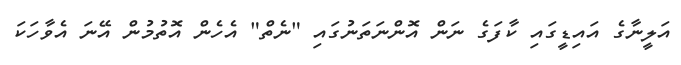
އަލީނާގެ އައިޑީގައި ކާފަގެ ނަން އޮންނަތަނުގައި "ނެތް" އެހެން އޮތުމުން އޭނަ އެވާހަކަ